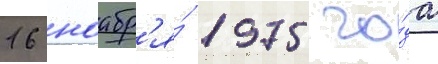
16 ноабр'я́ 1975 го́да